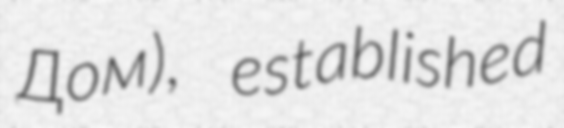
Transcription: Дом), established